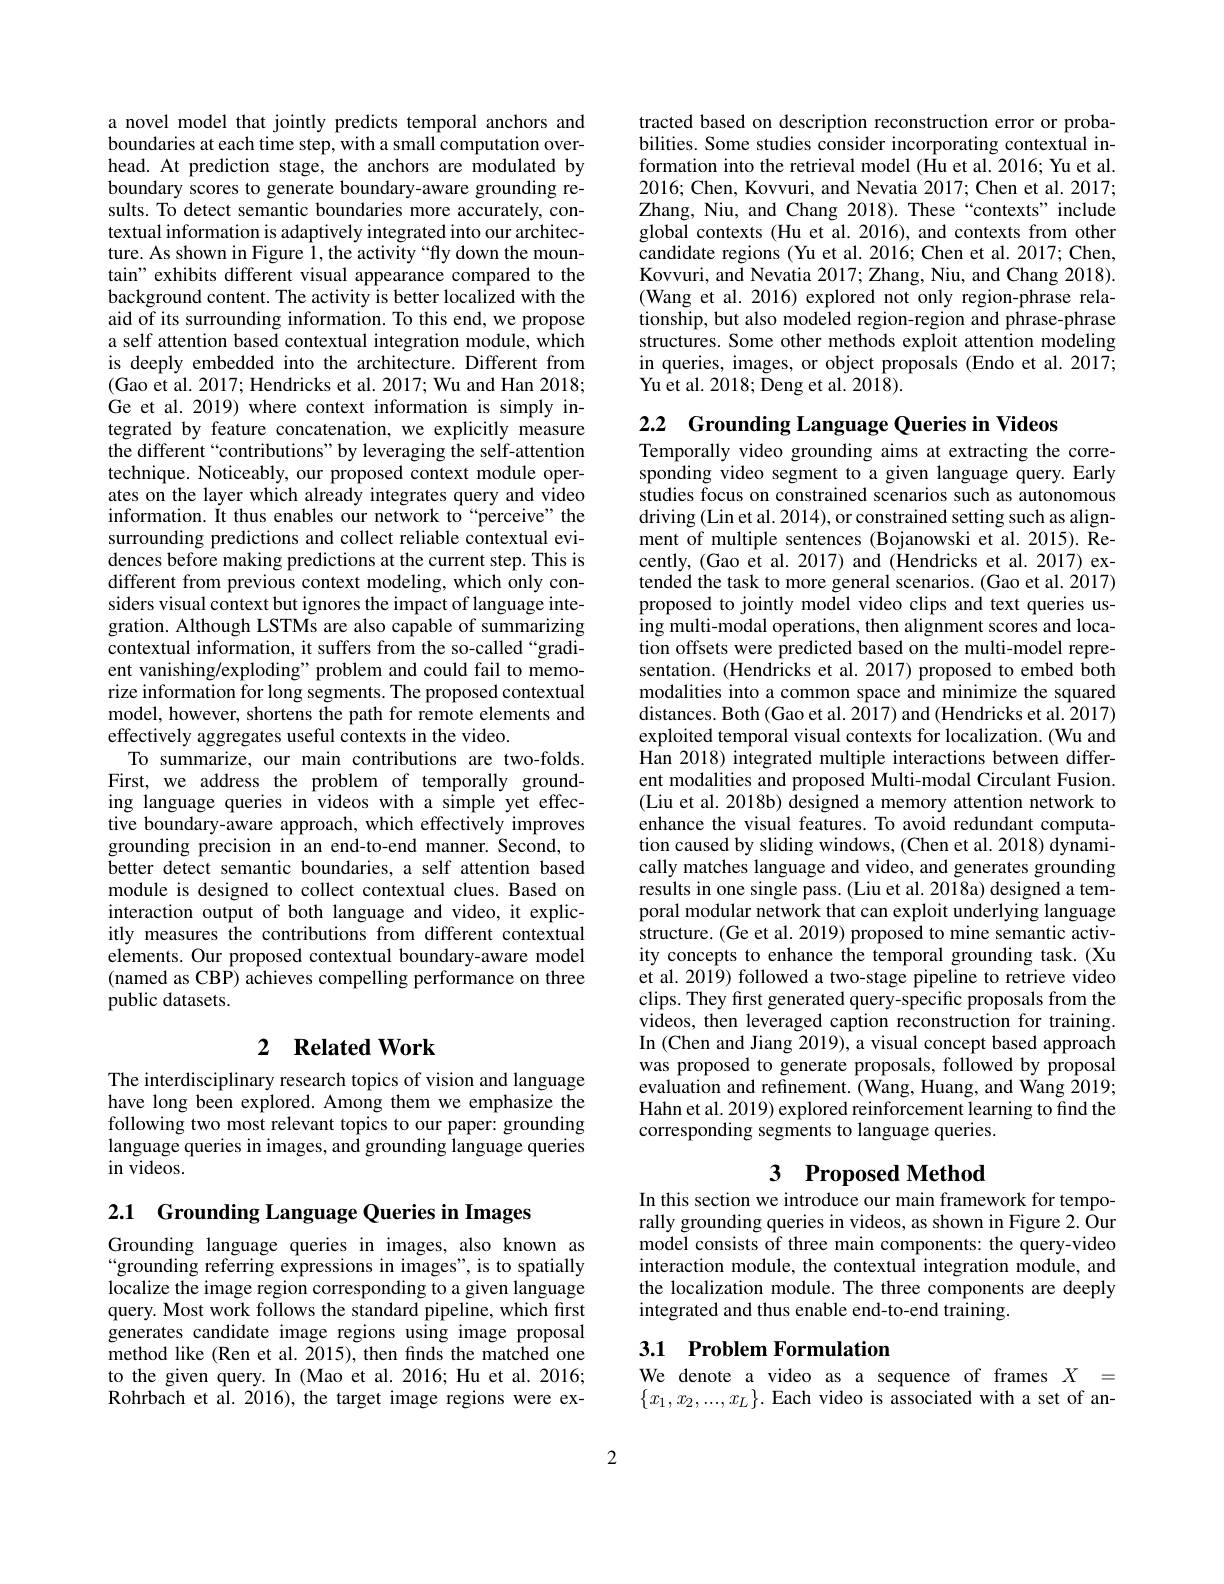
a novel model that jointly predicts temporal anchors and boundaries at each time step, with a small computation overhead. At prediction stage, the anchors are modulated by boundary scores to generate boundary-aware grounding results. To detect semantic boundaries more accurately, contextual information is adaptively integrated into our architecture. As shown in Figure 1, the activity “fly down the mountain" exhibits different visual appearance compared to the background content. The activity is better localized with the aid of its surrounding information. To this end, we propose a self attention based contextual integration module, which is deeply embedded into the architecture. Different from (Gao et al. 2017; Hendricks et al. 2017; Wu and Han 2018; Ge et al. 2019) where context information is simply integrated by feature concatenation, we explicitly measure the different“contributions”by leveraging the self-attention technique. Noticeably, our proposed context module operates on the layer which already integrates query and video information. It thus enables our network to“perceive”the surrounding predictions and collect reliable contextual evidences before making predictions at the current step. This is different from previous context modeling, which only considers visual context but ignores the impact of language integration. Although LSTMs are also capable of summarizing contextual information, it suffers from the so-called“gradient vanishing/exploding" problem and could fail to memorize information for long segments. The proposed contextual model, however, shortens the path for remote elements and effectively aggregates useful contexts in the video.
To summarize, our main contributions are two-folds. First, we address the problem of temporally grounding language queries in videos with a simple yet effective boundary-aware approach, which effectively improves grounding precision in an end-to-end manner. Second, to better detect semantic boundaries, a self attention based module is designed to collect contextual clues. Based on interaction output of both language and video, it explicitly measures the contributions from different contextual elements. Our proposed contextual boundary-aware model (named as CBP) achieves compelling performance on three public datasets.

## 2 $\textbf{Related Work}$

The interdisciplinary research topics of vision and language have long been explored. Among them we emphasize the following two most relevant topics to our paper: grounding language queries in images, and grounding language queries in videos.

2.1 Grounding Language Queries in Images

Grounding language queries in images, also known as “grounding referring expressions in images", is to spatially localize the image region corresponding to a given language query. Most work follows the standard pipeline, which first generates candidate image regions using image proposal method like (Ren et al. 2015), then finds the matched one to the given query. In (Mao et al.2016; Hu et al. 2016; Rohrbach et al.2016), the target image regions were ex-

tracted based on description reconstruction error or probabilities. Some studies consider incorporating contextual information into the retrieval model (Hu et al. 2016; Yu et al. 2016; Chen, Kovvuri, and Nevatia 2017; Chen et al. 2017; Zhang, Niu, and Chang 2018). These“contexts”include global contexts (Hu et al. 2016), and contexts from other candidate regions (Yu et al. 2016; Chen et al. 2017; Chen, Kovvuri, and Nevatia 2017; Zhang, Niu, and Chang 2018). (Wang et al. 2016) explored not only region-phrase relationship, but also modeled region-region and phrase-phrase structures. Some other methods exploit attention modeling in queries, images, or object proposals (Endo et al. 2017; Yu et al. 2018; Deng et al. 2018).

2.2 Grounding Language Queries in Videos
Temporally video grounding aims at extracting the corre-

sponding video segment to a given language query. Early studies focus on constrained scenarios such as autonomous driving (Lin et al. 2014), or constrained setting such as alignment of multiple sentences (Bojanowski et al.2015). Kecently, (Gao et al. 2017) and (Hendricks et al. 2017) extended the task to more general scenarios. (Gao et al. 2017) proposed to jointly model video clips and text queries using multi-modal operations, then alignment scores and location offsets were predicted based on the multi-model representation. (Hendricks et al. 2017) proposed to embed both modalities into a common space and minimize the squared distances. Both (Gao et al. 2017) and (Hendricks et al. 2017) exploited temporal visual contexts for localization. (Wu and Han 2018) integrated multiple interactions between different modalities and proposed Multi-modal Circulant Fusion. (Liu et al. 2018b) designed a memory attention network to enhance the visual features. To avoid redundant computation caused by sliding windows, (Chen et al. 2018) dynamically matches language and video, and generates grounding results in one single pass. (Liu et al. 2018a) designed a temporal modular network that can exploit underlying language structure. (Ge et al. 2019) proposed to mine semantic activity concepts to enhance the temporal grounding task. (Xu et al. 2019) followed a two-stage pipeline to retrieve video clips. They first generated query-specific proposals from the videos, then leveraged caption reconstruction for training. In (Chen and Jiang 2019), a visual concept based approach was proposed to generate proposals, followed by proposal evaluation and refinement. (Wang, Huang, and Wang 2019; Hahn et al. 2019) explored reinforcement learning to find the corresponding segments to language queries.
3 Proposed Method

In this section we introduce our main framework for temporally grounding queries in videos, as shown in Figure 2. Öur model consists of three main components: the query-video interaction module, the contextual integration module, and the localization module. The three components are deeply integrated and thus enable end-to-end training

## 3.1 Problem Formulation

We denote a video as a sequence of frames $X_{-}=$ $\{x_1,x_2,...,x_L\}.$ Each video is associated with a set of an-

2